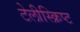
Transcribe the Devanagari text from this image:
टेलीस्क्रिप्ट